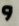
و